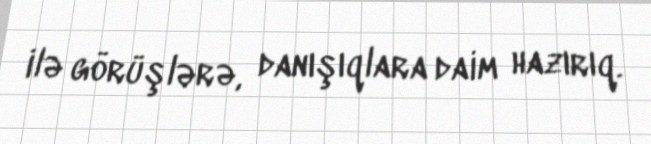
ilə görüşlərə, danışıqlara daim hazırıq.